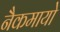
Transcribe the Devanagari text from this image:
नैकमायो